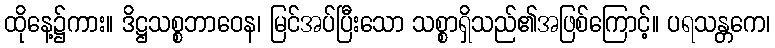
ထိုနေ့၌ကား။ ဒိဋ္ဌသစ္စဘာဝေန၊ မြင်အပ်ပြီးသော သစ္စာရှိသည်၏အဖြစ်ကြောင့်။ ပရသန္တကေ၊